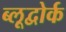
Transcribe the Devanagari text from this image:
ब्लूद्वोर्क